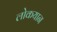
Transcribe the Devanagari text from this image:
लोकयान